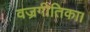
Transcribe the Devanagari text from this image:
वज्रगीतिका।